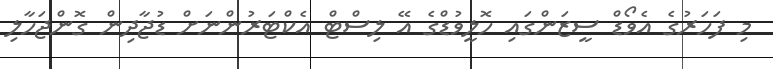
މި ފަހަރުގެ އެވޯޑް ސީޒަންގައި ހޮލީވުޑްގެ އޭ ލިސްޓް އެކްޓަރުންނަށް ޑުޖާދިން ގޮންޖަހާލި